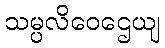
သမ္ပလိဝေဌေယျ